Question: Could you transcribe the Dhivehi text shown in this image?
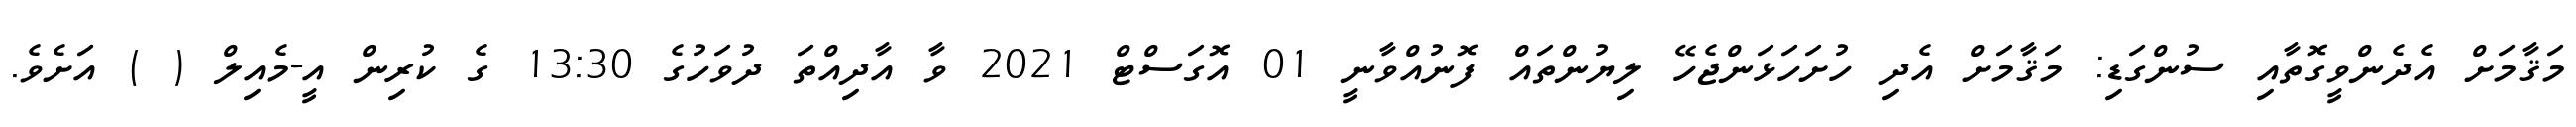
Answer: މަޤާމަށް އެދެންވީގޮތާއި ސުންގަޑި: މަޤާމަށް އެދި ހުށަހަޅަންޖެހޭ ލިޔުންތައް ފޮނުއްވާނީ 01 އޮގަސްޓް 2021 ވާ އާދިއްތަ ދުވަހުގެ 13:30 ގެ ކުރިން އީ-މެއިލް ( ) އަށެވެ.